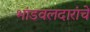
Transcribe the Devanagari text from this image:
भांडवलदारांचे